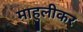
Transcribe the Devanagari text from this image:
माहुलीकर